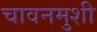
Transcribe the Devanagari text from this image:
चावनमुशी